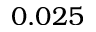
0 . 0 2 5